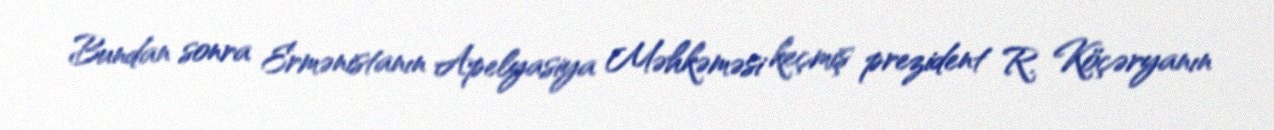
Bundan sonra Ermənistanın Apelyasiya Məhkəməsi keçmiş prezident R. Köçəryanın